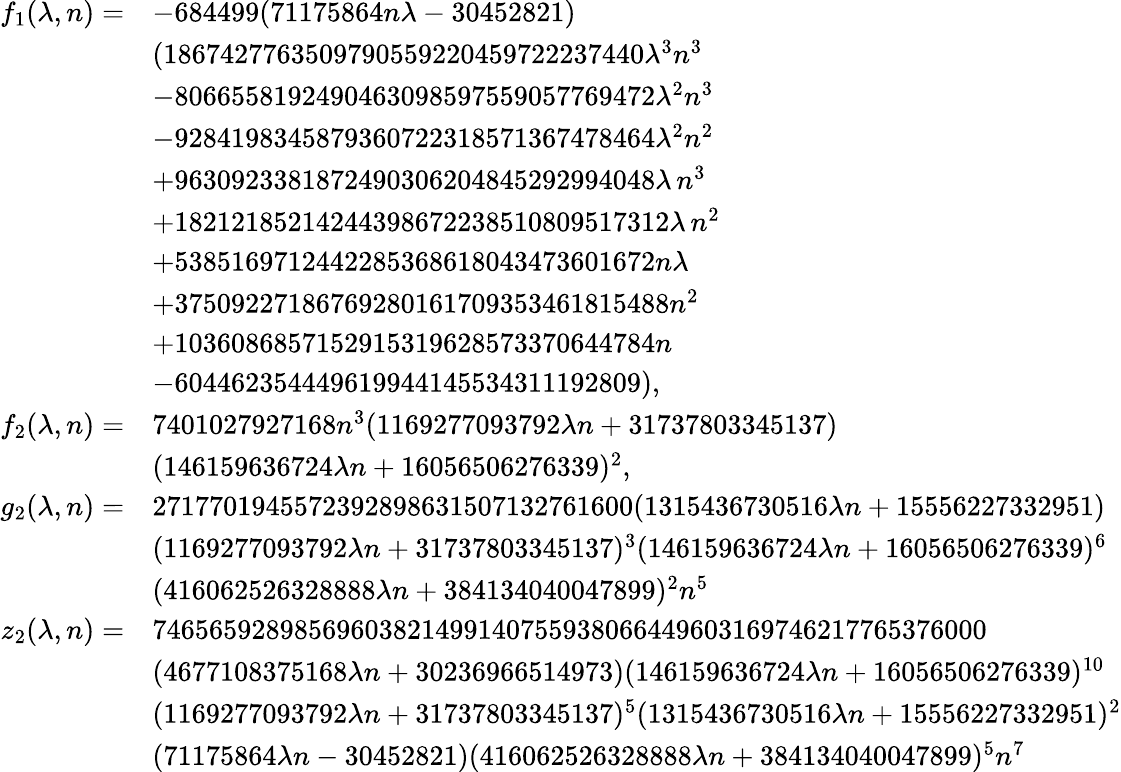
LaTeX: \begin{array}{rl}{f_{1}(\lambda,n)=}&{-684499(71175864n\lambda-30452821)}\\ &{(1867427763509790559220459722237440\lambda^{3}n^{3}}\\ &{-8066558192490463098597559057769472\lambda^{2}n^{3}}\\ &{-9284198345879360722318571367478464\lambda^{2}n^{2}}\\ &{+9630923381872490306204845292994048\lambda\, n^{3}}\\ &{+18212185214244398672238510809517312\lambda\, n^{2}}\\ &{+5385169712442285368618043473601672n\lambda}\\ &{+37509227186769280161709353461815488n^{2}}\\ &{+1036086857152915319628573370644784n}\\ &{-604462354449619944145534311192809),}\\ {f_{2}(\lambda,n)=}&{7401027927168n^{3}(1169277093792\lambda n+31737803345137)}\\ &{(146159636724\lambda n+16056506276339)^{2},}\\ {g_{2}(\lambda,n)=}&{2717701945572392898631507132761600(1315436730516\lambda n+15556227332951)}\\ &{(1169277093792\lambda n+31737803345137)^{3}(146159636724\lambda n+16056506276339)^{6}}\\ &{(416062526328888\lambda n+384134040047899)^{2}n^{5}}\\ {z_{2}(\lambda,n)=}&{74656592898569603821499140755938066449603169746217765376000}\\ &{(4677108375168\lambda n+30236966514973)(146159636724\lambda n+16056506276339)^{10}}\\ &{(1169277093792\lambda n+31737803345137)^{5}(1315436730516\lambda n+15556227332951)^{2}}\\ &{(71175864\lambda n-30452821)(416062526328888\lambda n+384134040047899)^{5}n^{7}}\end{array}